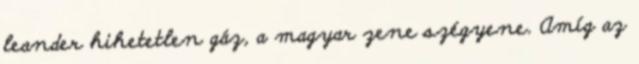
leander hihetetlen gáz, a magyar zene szégyene. Amí­g az